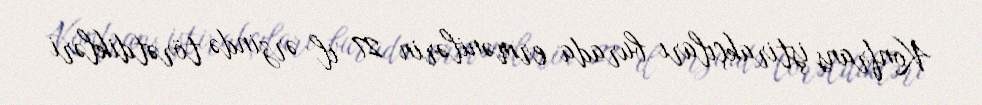
Konfrans iştirakçıları burada ermənilərin 27 il ərzində törətdikləri